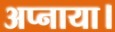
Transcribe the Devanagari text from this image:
अप्नाया।